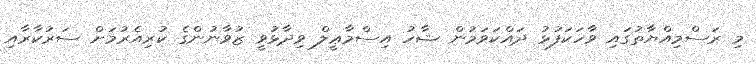
މި ރަސްމިއްޔާތުގައި ވާހަކަފުޅު ދައްކަވަމުން ޝާހު އިސްމާޢީލް ވިދާޅުވީ ޒުވާނުންގެ ކުރިއެރުމަށް ސަރުކާރާއި